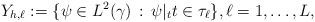
LaTeX: \begin{align*} Y_{h,\ell} := \{ \psi \in L^2(\gamma) \,:\, \psi|_t t\in\tau_\ell\}, \ell=1,\ldots,L,\end{align*}